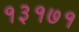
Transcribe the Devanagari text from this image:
१३१७१